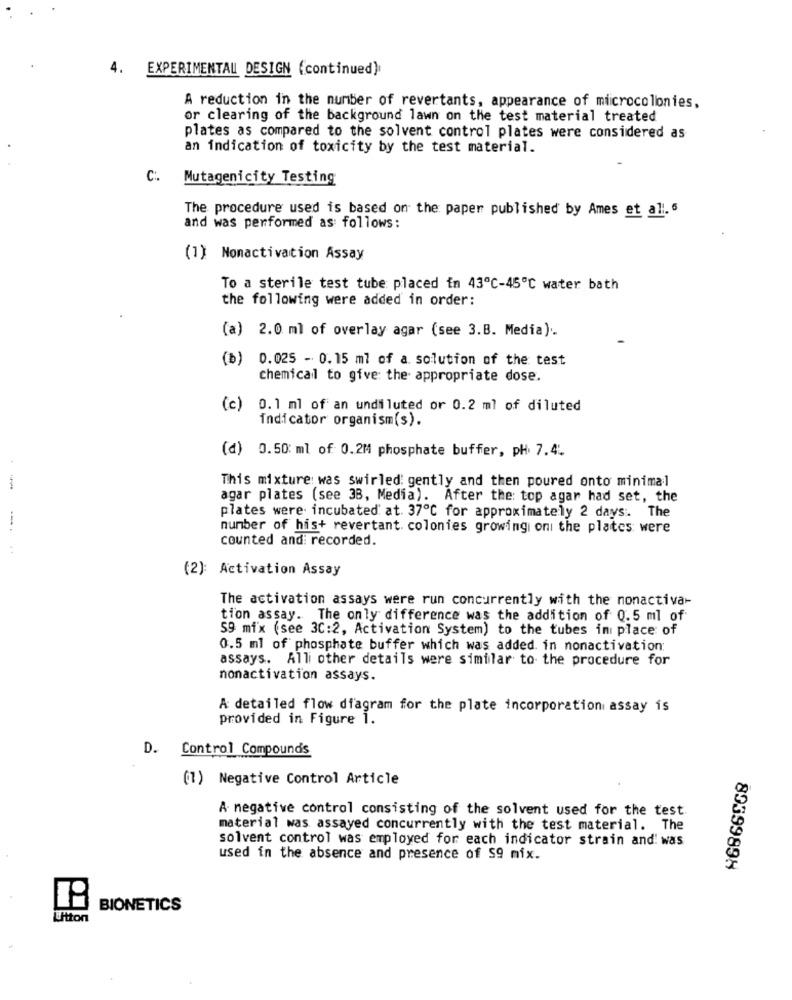
4. EXPERIMENTAL DESIGN (continued)
A reduction in the number of revertants, appearance of miicrocolonies,
or clearing of the background lawn on the test material treated
plates as compared to the solvent control plates were considered as
an indication of toxicity by the test material.
C :.
Mutagenicity Testing
The procedure used is based on the paper published by Ames et all.5
and was performed as follows:
(1) Nonactivation Assay
To a sterile test tube placed in 43ª℃-45℃ water bath
the following were added in order:
(a) 2.0 ml of overlay agar (see 3.B. Media) ..
(b) 0.025 - 0.15 ml of a solution of the test
chemical to give: the appropriate dose.
(c)
0.1 ml of an undiluted or 0.2 ml of diluted
Indicator organism(s).
(d) 0.50: ml of 0.2M phosphate buffer, pH 7.4.
This mixture: was swirled: gently and then poured onto minimal
.
agar plates (see 38, Media). After the: top agar had set, the
plates were incubated at. 37℃ for approximately 2 days. The
number of his+ revertant. colonies growingi oni the plates were
counted and: recorded.
(2): Activation Assay
The activation assays were run concurrently with the nonactivar
tion assay. The only difference was the addition of 0.5 ml of
59 mix (see 3C:2, Activation System) to the tubes in place of
0.5 ml of phosphate buffer which was added. in nonactivation:
assays. All other details were similar to the procedure for
nonactivation assays.
A detailed flow diagram for the plate incorporation assay is
provided in Figure 1.
D. Control Compounds
(1) Negative Control Article
A negative control consisting of the solvent used for the test
material was assayed concurrently with the test material. The
solvent control was employed for each indicator strain and: was
used in the absence and presence of $9 mix.
89399898
BIONETICS
Utton